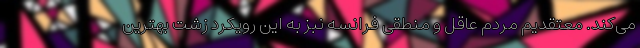
می‌کند. معتقدیم مردم عاقل و منطقی فرانسه نبز به این رویکرد زشت بهترین